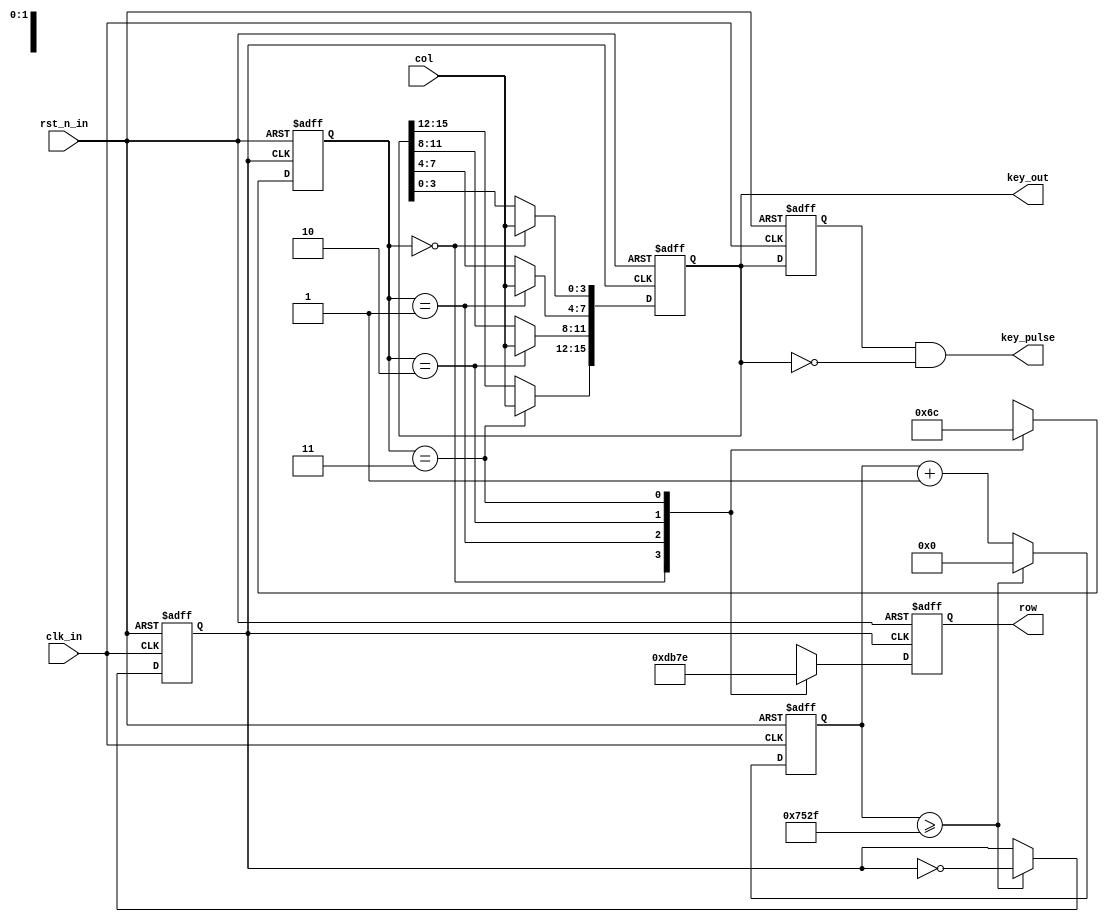
// --------------------------------------------------------------------
// >>>>>>>>>>>>>>>>>>>>>>>>> COPYRIGHT NOTICE <<<<<<<<<<<<<<<<<<<<<<<<<
// --------------------------------------------------------------------
// Module: Array_KeyBoard
// 
// 
// Description: Array_KeyBoard
// 
// Web: www.stepfapga.com
//
// --------------------------------------------------------------------
// Code Revision History :
// --------------------------------------------------------------------
// Version: |Mod. Date:   |Changes Made:
// V1.0     |2015/11/11   |Initial ver
// --------------------------------------------------------------------
module Array_KeyBoard #
(
	parameter			NUM_FOR_200HZ = 60000
)
(
	input				clk_in,
	input				rst_n_in,
	input		[3:0]	col,
	output	reg	[3:0]	row,
	output	reg	[15:0]	key_out,
	output		[15:0]	key_pulse
);
	
	localparam			STATE0 = 2'b00;
	localparam			STATE1 = 2'b01;
	localparam			STATE2 = 2'b10;
	localparam			STATE3 = 2'b11;

	//count for clk_200hz
	reg		[15:0]		cnt;
	reg					clk_200hz;
	always@(posedge clk_in or negedge rst_n_in) begin
		if(!rst_n_in) begin
			cnt <= 16'd0;
			clk_200hz <= 1'b0;
		end else begin
			if(cnt >= ((NUM_FOR_200HZ>>1) - 1)) begin
				cnt <= 16'd0;
				clk_200hz <= ~clk_200hz;
			end else begin
				cnt <= cnt + 1'b1;
				clk_200hz <= clk_200hz;
			end
		end
	end

	reg		[1:0]		c_state;
	always@(posedge clk_200hz or negedge rst_n_in) begin
		if(!rst_n_in) begin
			c_state <= STATE0;
			row <= 4'b1110;
		end else begin
			case(c_state)
				STATE0: begin c_state <= STATE1; row <= 4'b1101; end
				STATE1: begin c_state <= STATE2; row <= 4'b1011; end
				STATE2: begin c_state <= STATE3; row <= 4'b0111; end
				STATE3: begin c_state <= STATE0; row <= 4'b1110; end
				default:begin c_state <= STATE0; row <= 4'b1110; end
			endcase
		end
	end

	always@(negedge clk_200hz or negedge rst_n_in) begin
		if(!rst_n_in) begin
			key_out <= 16'hffff;
		end else begin
			case(c_state)
				STATE0:key_out[3:0] <= col;
				STATE1:key_out[7:4] <= col;
				STATE2:key_out[11:8] <= col;
				STATE3:key_out[15:12] <= col;
				default:key_out <= 16'hffff;
			endcase
		end
	end
	
	reg		[15:0]		key_out_r;
	//Register key_out_r, lock key_out to next clk
	always @ ( posedge clk_in  or  negedge rst_n_in )
		if (!rst_n_in) key_out_r <= 16'hffff;
		else  key_out_r <= key_out;

	//wire	[15:0]		 key_pulse;
	//Detect the negedge of key_out, generate pulse
	assign key_pulse= key_out_r & ( ~key_out);

endmodule